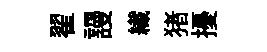
翟謾纎猪擾